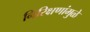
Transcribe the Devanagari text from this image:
निरिक्षणांमुळे